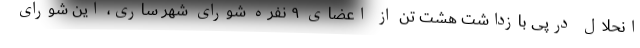
انحلال درپی بازداشت هشت تن از اعضای ۹ نفره شورای شهر ساری، این شورای